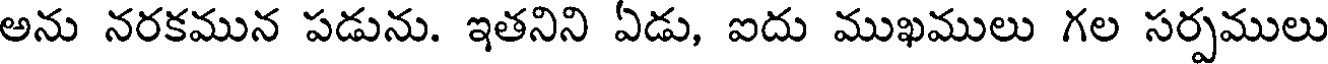
అను నరకమున పడును. ఇతనిని ఏడు, ఐదు ముఖములు గల సర్పములు